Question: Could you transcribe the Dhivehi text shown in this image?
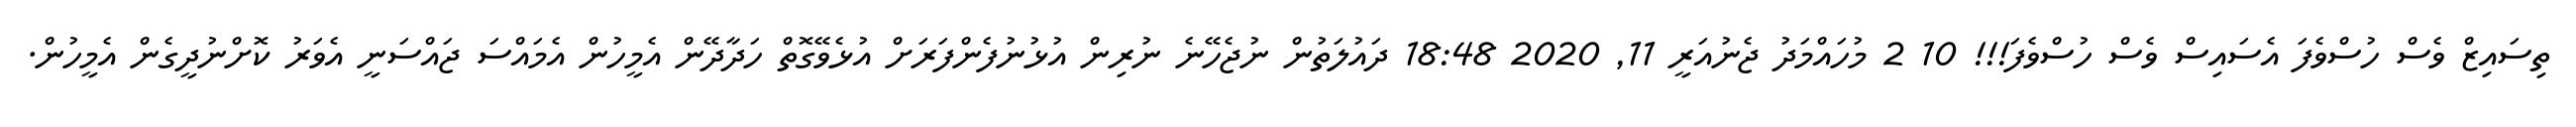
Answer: ތިސައިޒް ވެސް ހުސްވެފަ އެސައިސް ވެސް ހުސްވެފަ!!! 10 2 މުހައްމަދު ޖެނުއަރީ 11, 2020 18:48 ދައުލަތުން ނުޖެހޭނެ ނުރިން އުޅުނުފެންފަރަށް އުޅެވޭގޮތް ހަދާދޭން އެމީހުން އެމައްސަ ޖައްސަނީ އެވަރު ކޮށްނުދީގެން އެމީހުން.